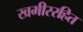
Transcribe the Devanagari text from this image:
खमीररहित